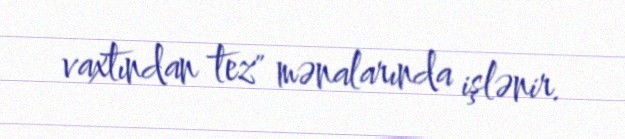
vaxtından tez" mənalarında işlənir.